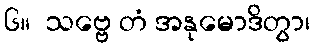
၆။  သဗ္ဗေ တံ အနုမောဒိတွာ၊